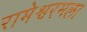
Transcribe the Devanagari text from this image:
रामेश्वरमला